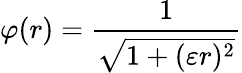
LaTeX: \varphi(r)=\frac{1}{\sqrt{1+(\varepsilon r)^{2}}}